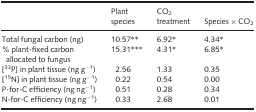
<table><thead><tr><td></td><td><b>Plant species</b></td><td><b>CO<sub>2</sub> treatment</b></td><td><b>Species × CO<sub>2</sub></b></td></tr></thead><tbody><tr><td>Total fungal carbon (ng)</td><td>10.57**</td><td>6.92*</td><td>4.34*</td></tr><tr><td>% plant-fixed carbon allocated to fungus</td><td>15.31***</td><td>4.31*</td><td>6.85*</td></tr><tr><td>[<sup>33</sup>P] in plant tissue (ng g<sup>−1</sup>)</td><td>2.56</td><td>1.33</td><td>0.35</td></tr><tr><td>[<sup>15</sup>N] in plant tissue (ng g<sup>−1</sup>)</td><td>0.22</td><td>0.54</td><td>0.00</td></tr><tr><td>P-for-C efficiency (ng ng<sup>−1</sup>)</td><td>0.51</td><td>0.28</td><td>0.34</td></tr><tr><td>N-for-C efficiency (ng ng<sup>−1</sup>)</td><td>0.33</td><td>2.68</td><td>0.01</td></tr></tbody></table>